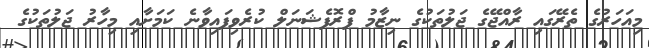
މިއަހަރުގެ ތެރޭގައި ރާއްޖޭގެ ޖަލުތަކުގެ ނިޒާމު ޕްރޮފެޝަނަލް ކުރެވިފައިވާނެ ކަމަށާއި މިހާރު ޖަލުތަކުގެ